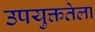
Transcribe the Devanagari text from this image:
उपयुक्ततेला